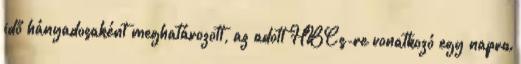
idő hányadosaként meghatározott, az adott HBCs-re vonatkozó egy napra